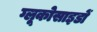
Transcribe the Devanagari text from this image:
ग्लूकोसाइडों